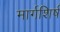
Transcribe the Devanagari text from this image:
मार्गशिर्ष